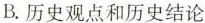
B.历史观点和历史结论